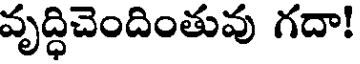
వృద్ధిచెందింతువు గదా!